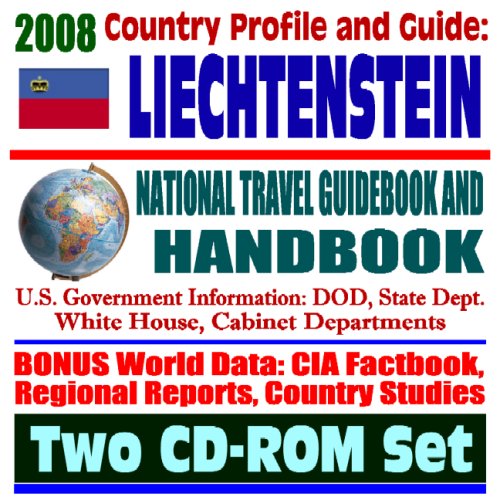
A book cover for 2008 Country Profile and Guide to Liechtenstein- National Travel Guidebook and Handbook - EEA EFTA Trade, U.S. Relations, Agriculture (Two CD-ROM Set); U.S. Government; Travel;